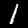
Label: 1